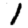
Digit: 1